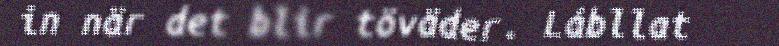
in när det blir töväder. Lábllat